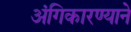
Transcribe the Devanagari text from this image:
अंगिकारण्याने